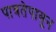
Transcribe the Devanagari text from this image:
पात्रतेपासून